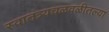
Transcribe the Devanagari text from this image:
स्वातंत्र्यचळवळीतल्या